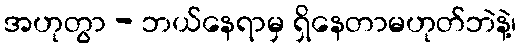
အဟုတွာ - ဘယ်နေရာမှ ရှိနေတာမဟုတ်ဘဲနဲ့၊